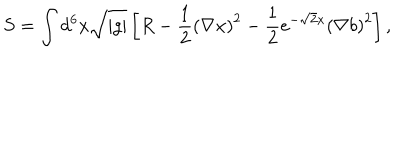
S = \int d ^ { 6 } x \sqrt { | g | } \left[ R - \frac { 1 } { 2 } \left( \nabla x \right) ^ { 2 } - \frac { 1 } { 2 } e ^ { - \sqrt { 2 } x } \left( \nabla b \right) ^ { 2 } \right] ,